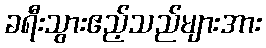
ခရီးသွားဧည့်သည်များအား